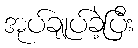
အုပ်ချုပ်ခဲ့ပြီး